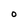
Character: 0